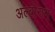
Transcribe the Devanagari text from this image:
अल्बोरान